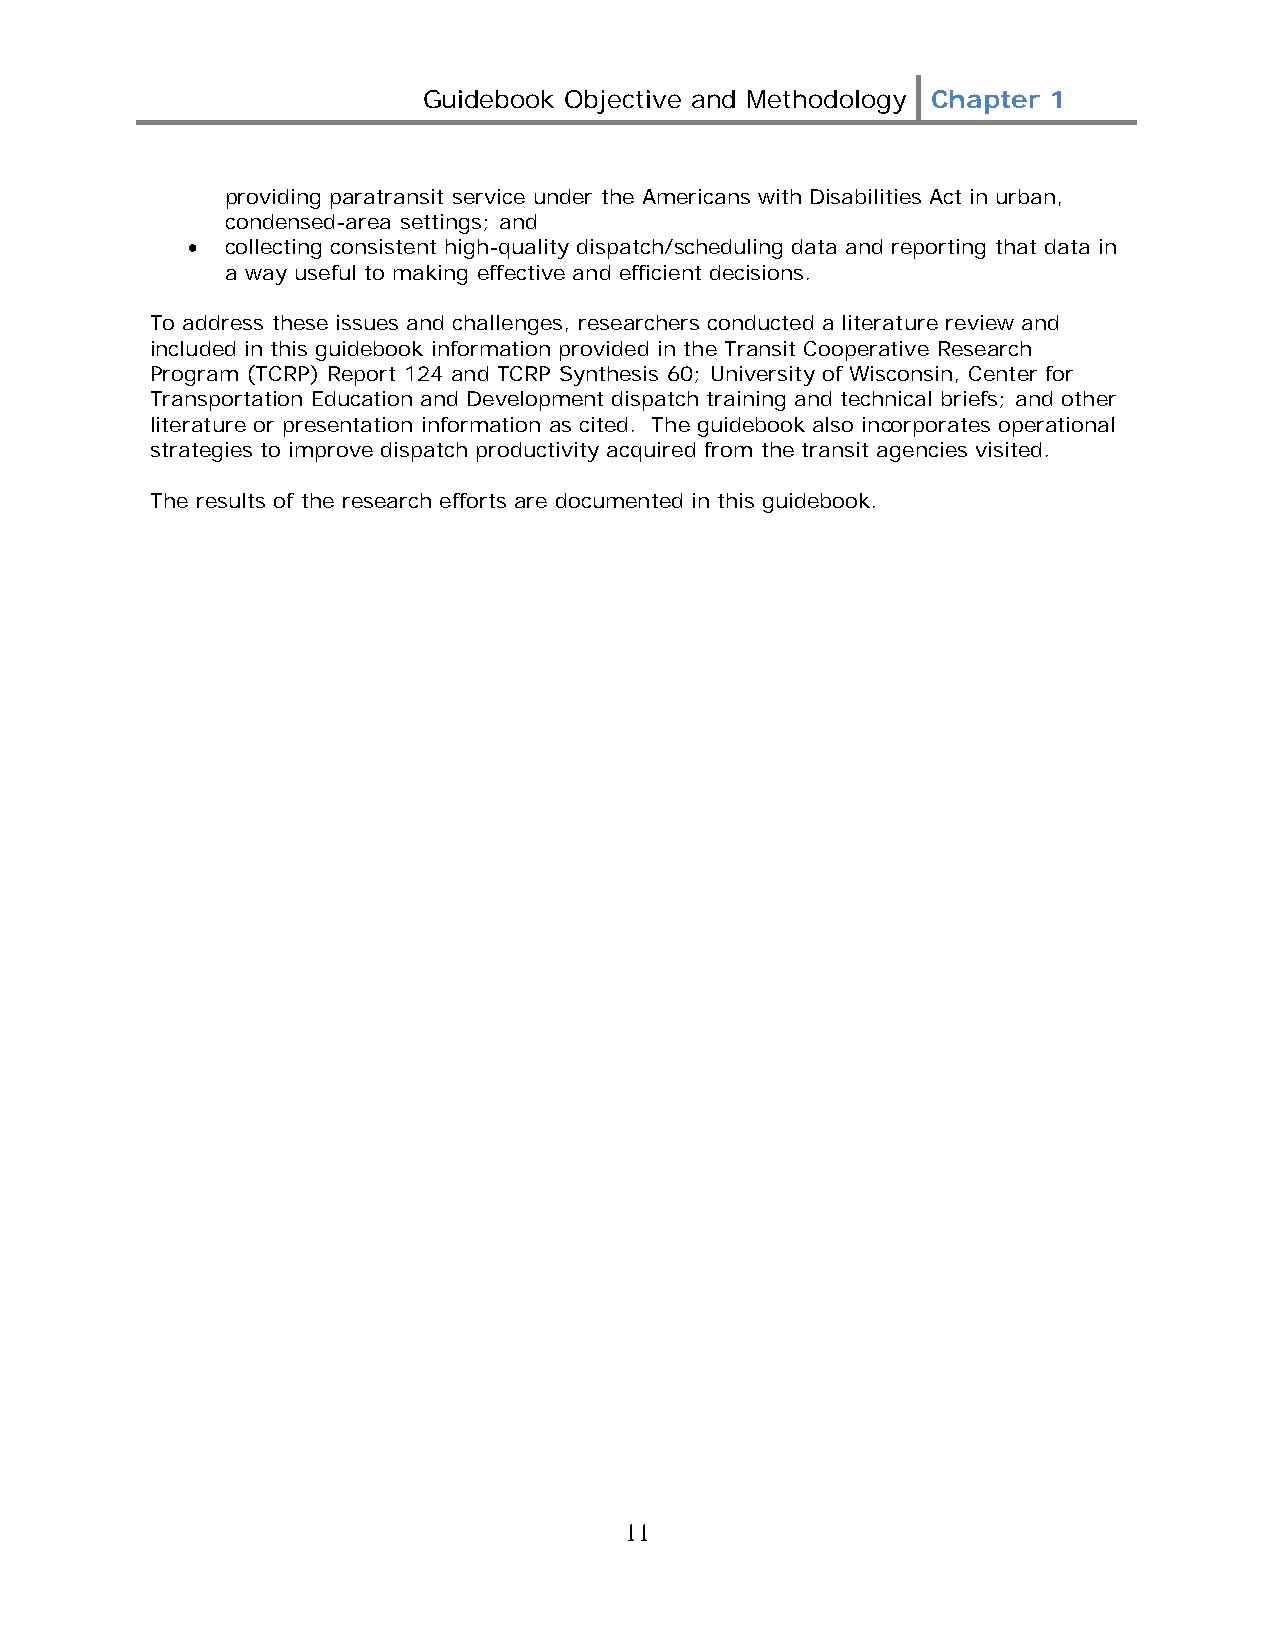
Guidebook Objective and Methodology Chapter 1
 providing paratransit service under the Americans with Disabilities Act in urban,
 condensed-area settings; and
 •  collecting consistent high-quality dispatch/scheduling data and reporting that data in
 a way useful to making effective and efficient decisions.
 To address these issues and challenges, researchers conducted a literature review and
 included in this guidebook information provided in the Transit Cooperative Research
 Program (TCRP) Report 124 and TCRP Synthesis 60; University of Wisconsin, Center for
 Transportation Education and Development dispatch training and technical briefs; and other
 literature or presentation information as cited. The guidebook also incorporates operational
 strategies to improve dispatch productivity acquired from the transit agencies visited.
 The results of the research efforts are documented in this guidebook.
 11